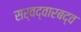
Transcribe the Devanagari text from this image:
सर्वद्वारबद्व